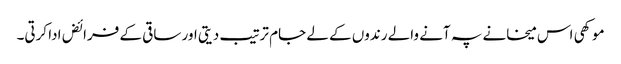
موکھی اس میخانے پہ آنے والے رندوں کے لے جام ترتیب دیتی اور ساقی کے فرائض ادا کرتی۔